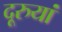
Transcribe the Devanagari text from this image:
दूरुयां